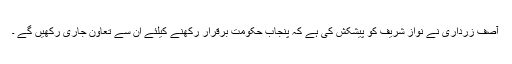
آصف زرداری نے نواز شریف کو پیشکش کی ہے کہ پنجاب حکومت برقرار رکھنے کیلئے ان سے تعاون جاری رکھیں گے ۔